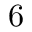
6